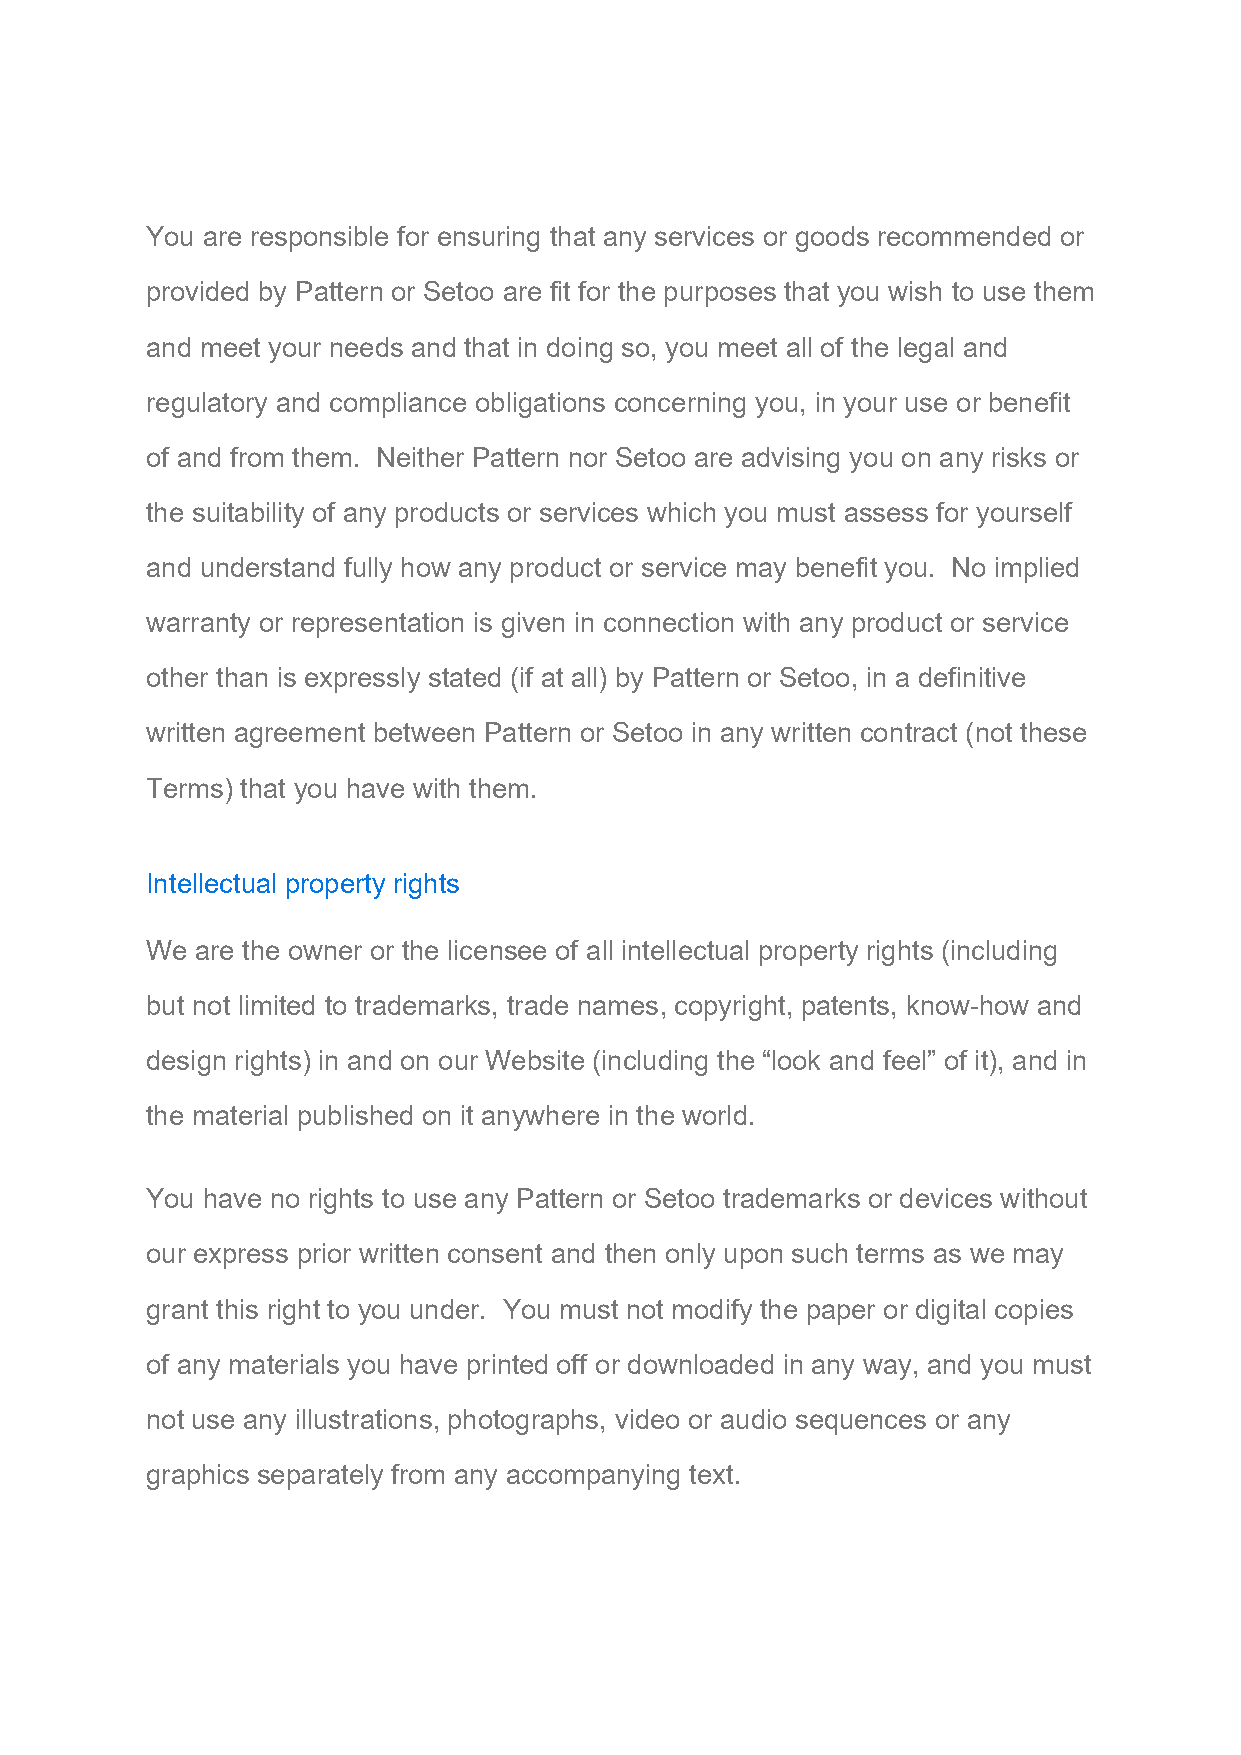
You are responsible for ensuring that any services or goods recommended or
 provided by Pattern or Setoo are fit for the purposes that you wish to use them
 and meet your needs and that in doing so, you meet all of the legal and
 regulatory and compliance obligations concerning you, in your use or benefit
 of and from them. Neither Pattern nor Setoo are advising you on any risks or
 the suitability of any products or services which you must assess for yourself
 and understand fully how any product or service may benefit you. No implied
 warranty or representation is given in connection with any product or service
 other than is expressly stated (if at all) by Pattern or Setoo, in a definitive
 written agreement between Pattern or Setoo in any written contract (not these
 Terms) that you have with them.
 Intellectual property rights
 We are the owner or the licensee of all intellectual property rights (including
 but not limited to trademarks, trade names, copyright, patents, know-how and
 design rights) in and on our Website (including the “look and feel” of it), and in
 the material published on it anywhere in the world.
 You have no rights to use any Pattern or Setoo trademarks or devices without
 our express prior written consent and then only upon such terms as we may
 grant this right to you under. You must not modify the paper or digital copies
 of any materials you have printed off or downloaded in any way, and you must
 not use any illustrations, photographs, video or audio sequences or any
 graphics separately from any accompanying text.